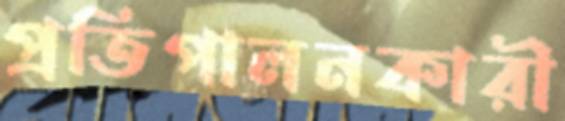
প্রতিপালনকারী